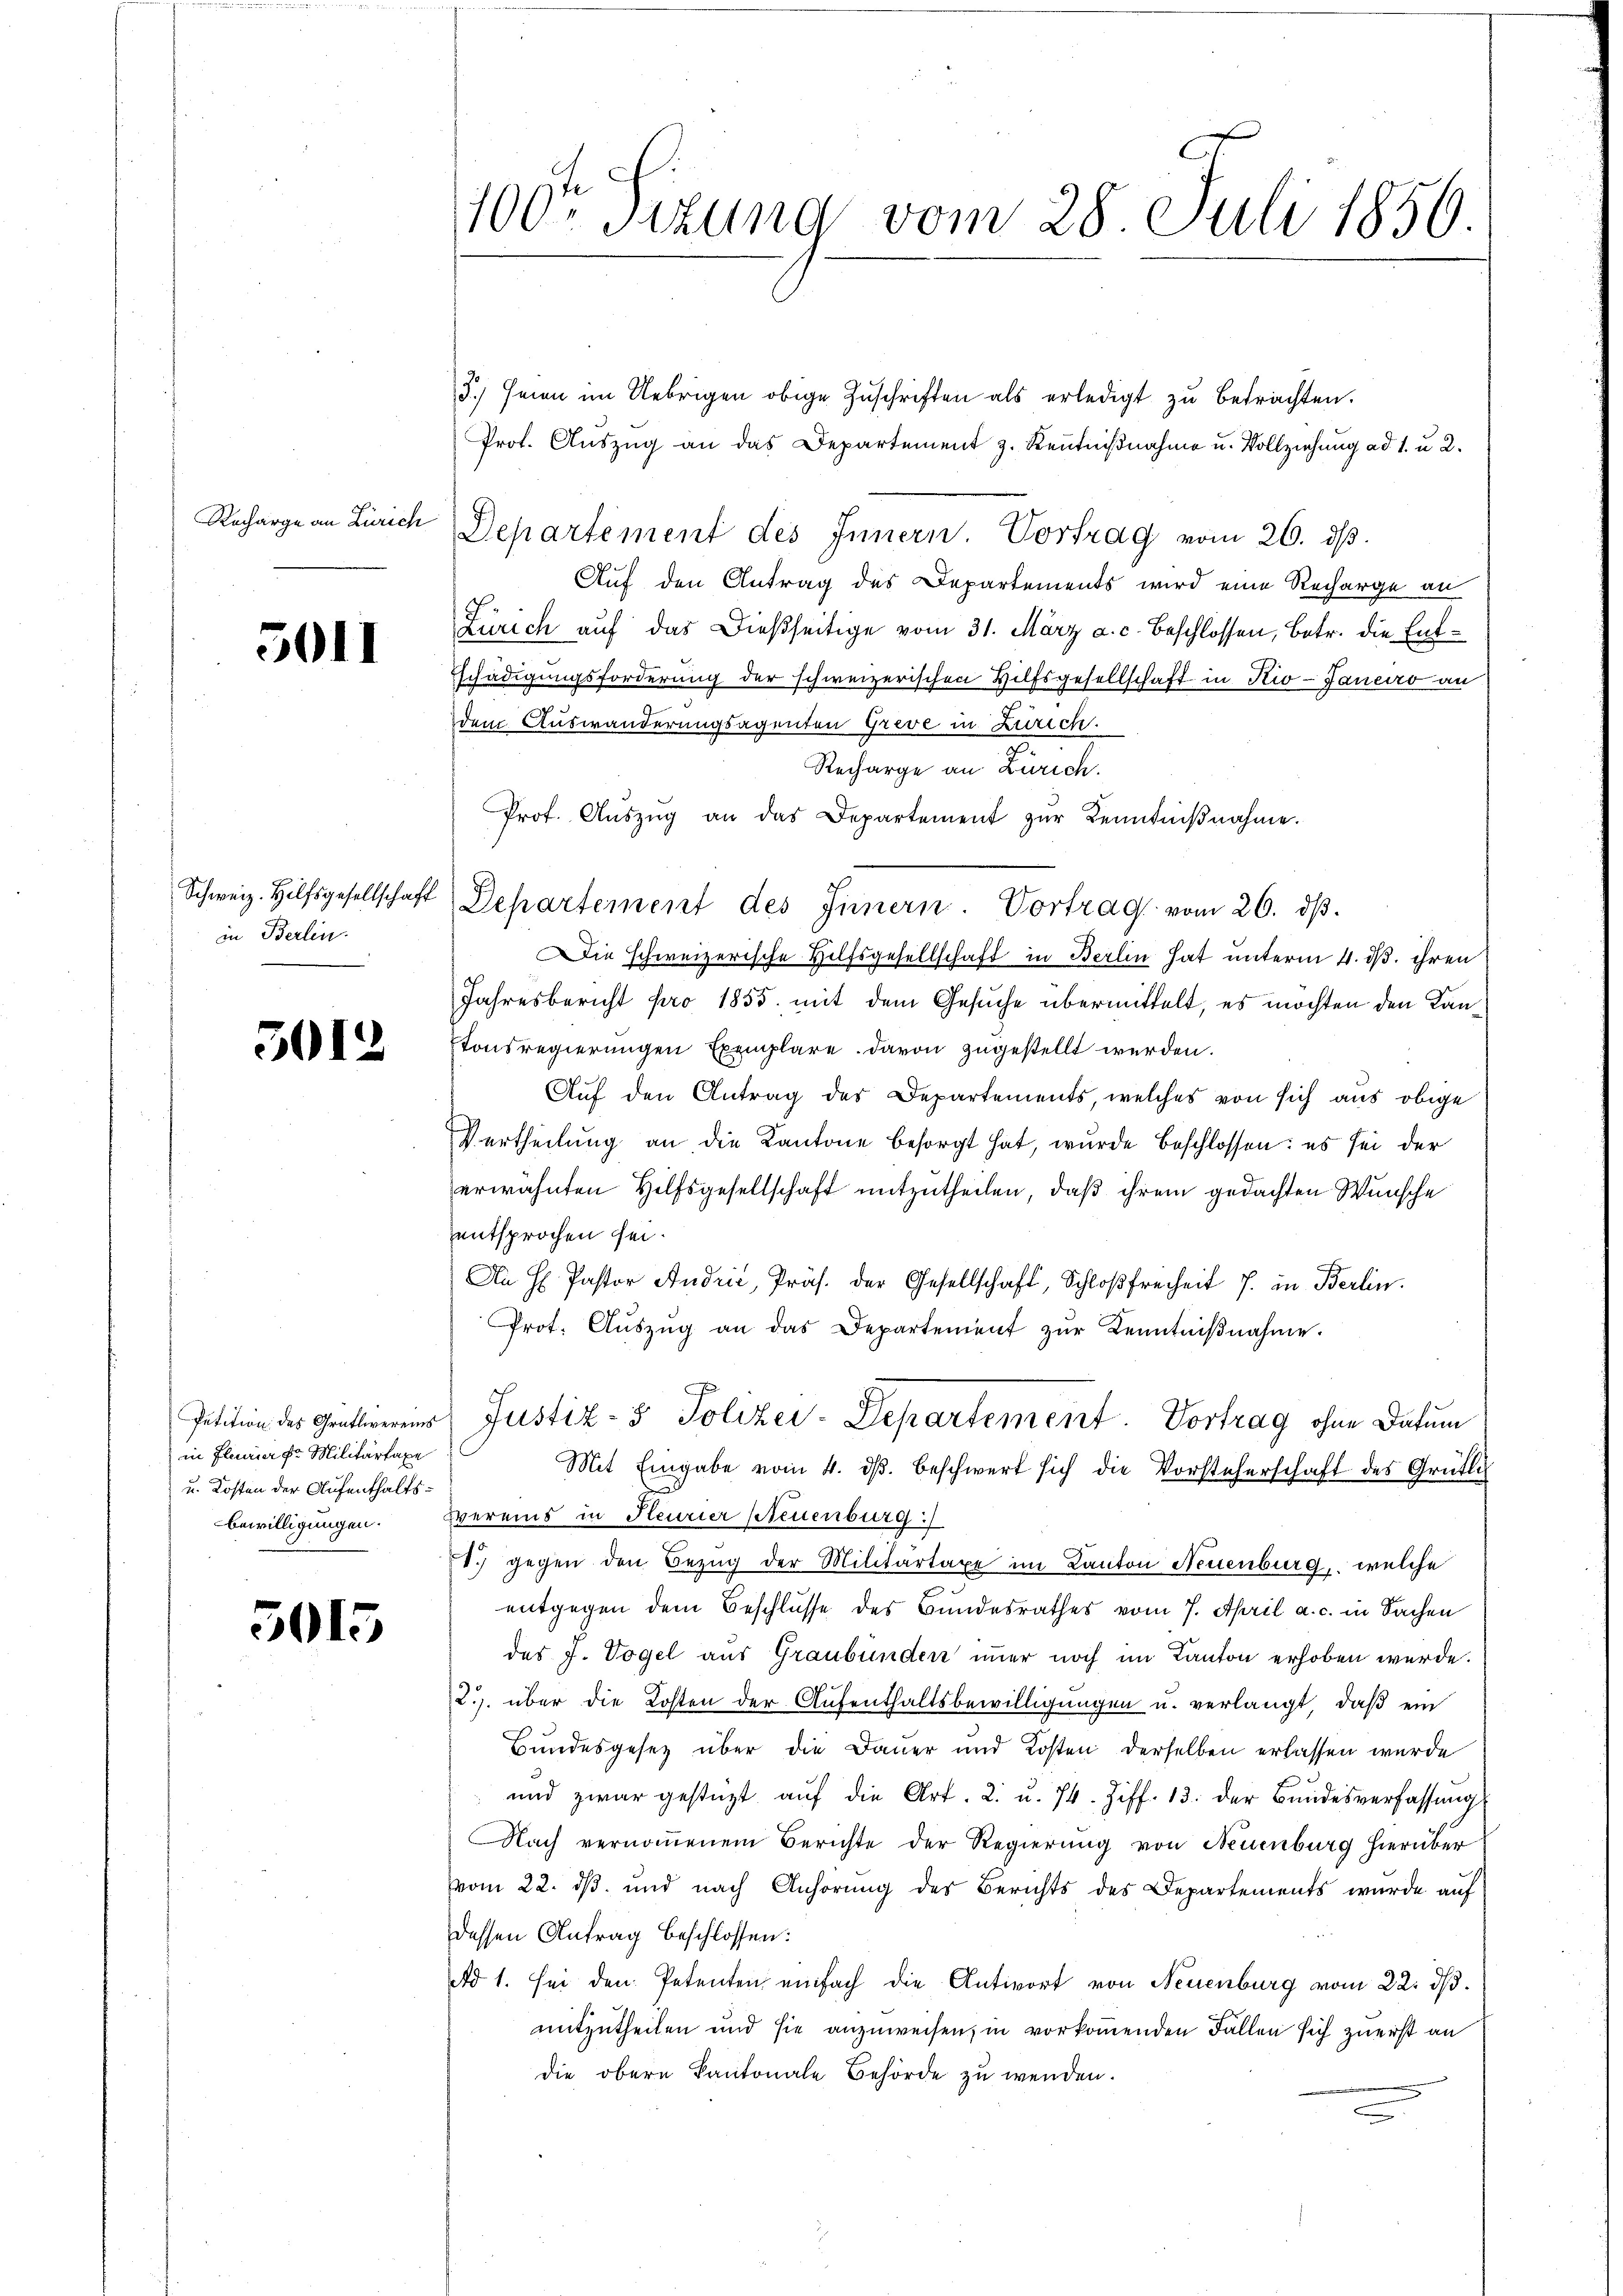
Rocharge an Zürich

5011

Schweiz. Hilfsgesellschaft
in Berlin.

3012

in Planier der Militärtaxe
u. Kosten der Aufenthalts¬
Bewilligungen.

5015

100ten Sizung vom 28. Juli 1850.

3.) seien im Uebrigen obige Zuschriften als erledigt zu betrachten.
Prot. Auszug an das Departement z. Kenntnißnahme u. Vollziehung ad 1. u 2.
Departement des Innern. Vortrag vom 26. dβ.
Auf den Antrag des Departements wird eine Recharge an
Zürich auf das dießseitige vom 31. März a. c. beschlossen, betr. die Entschädigungsforderung der schweizerischen Hilfsgesellschaft in Kio-Janeiro an
dem Auswanderungsagenten Greve in Zürich.
Recharge an Zürich.
Prof. Aŭszŭg an das Departement zŭr Kenntniβnahme.
ie schweizerische Hilfsgesellschaft in Berlin hat unterm 4. ds. ihren
Jahresbericht pro 1855. mit dem Gesuche übermittelt, es möchten den Kantonsregierungen Exemplare. Davon zugestellt werden.
Auf den Antrag des Departements, welches von sich aus obige
Vertheilung an die Kantone besorgt hat, wurde beschlossen: es sei der
erwähnten Hilfsgesellschaft mitzutheilen, daß ihrem gedachten Wunsche
entsprochen sei.
An H Pastor Andrić, Präs. der Gesellschaft, Schloßfreiheit 7. in Berlin.
Prot. Aŭszŭg an das Departement zŭr Kenntniβnahme.
Petition des Gratierens Justiz- & Polizei-Departement. Vortrag ohne Datum
Mit Eingabe vom 4. dβ beschwert sich die Vorsteherschaft des Grütli
Evereins in Heurier Steuenburg :/
1. gegen den Bezug der Militartaxe im Kanton Neuenburg, welche
entgegen dem Beschlusse des Bundesrathes vom 7. April a. c. in Sachen
des J. Vogel aus Graubünden immer noch im Kanton erhoben werde.
2.). über die Kosten der Aufenthaltsbewilligungen u. verlangt, daβ ein
Bundesgesetz über die Dauer und Kosten derselben erlassen wurde
und zwar gestüzt aŭf die Art. 2. u. 74. Ziff. 13. der Bŭndesverfassŭng
Nach vernommenem Berichte der Regierung von Neuenburg hierüber
vom 22. ds. und nach Anhörung des Berichts des Departements wurde auf
dessen Antrag beschlossen:
Ad 1. sei den Petenten einfach die Antwort von Neuenburg vom 22. ds.
mitzutheilen und sie anzuweisen, in vorkommenden Fallen sich zuerst an
die obern Kantonale Behörde zu wenden.

Departement des Sinnern. Vortrag vom 26. dβ.